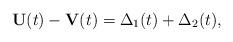
LaTeX: \begin{align*} \mathbf U(t) - \mathbf V(t) = \Delta_1(t) + \Delta_2(t) ,\end{align*}